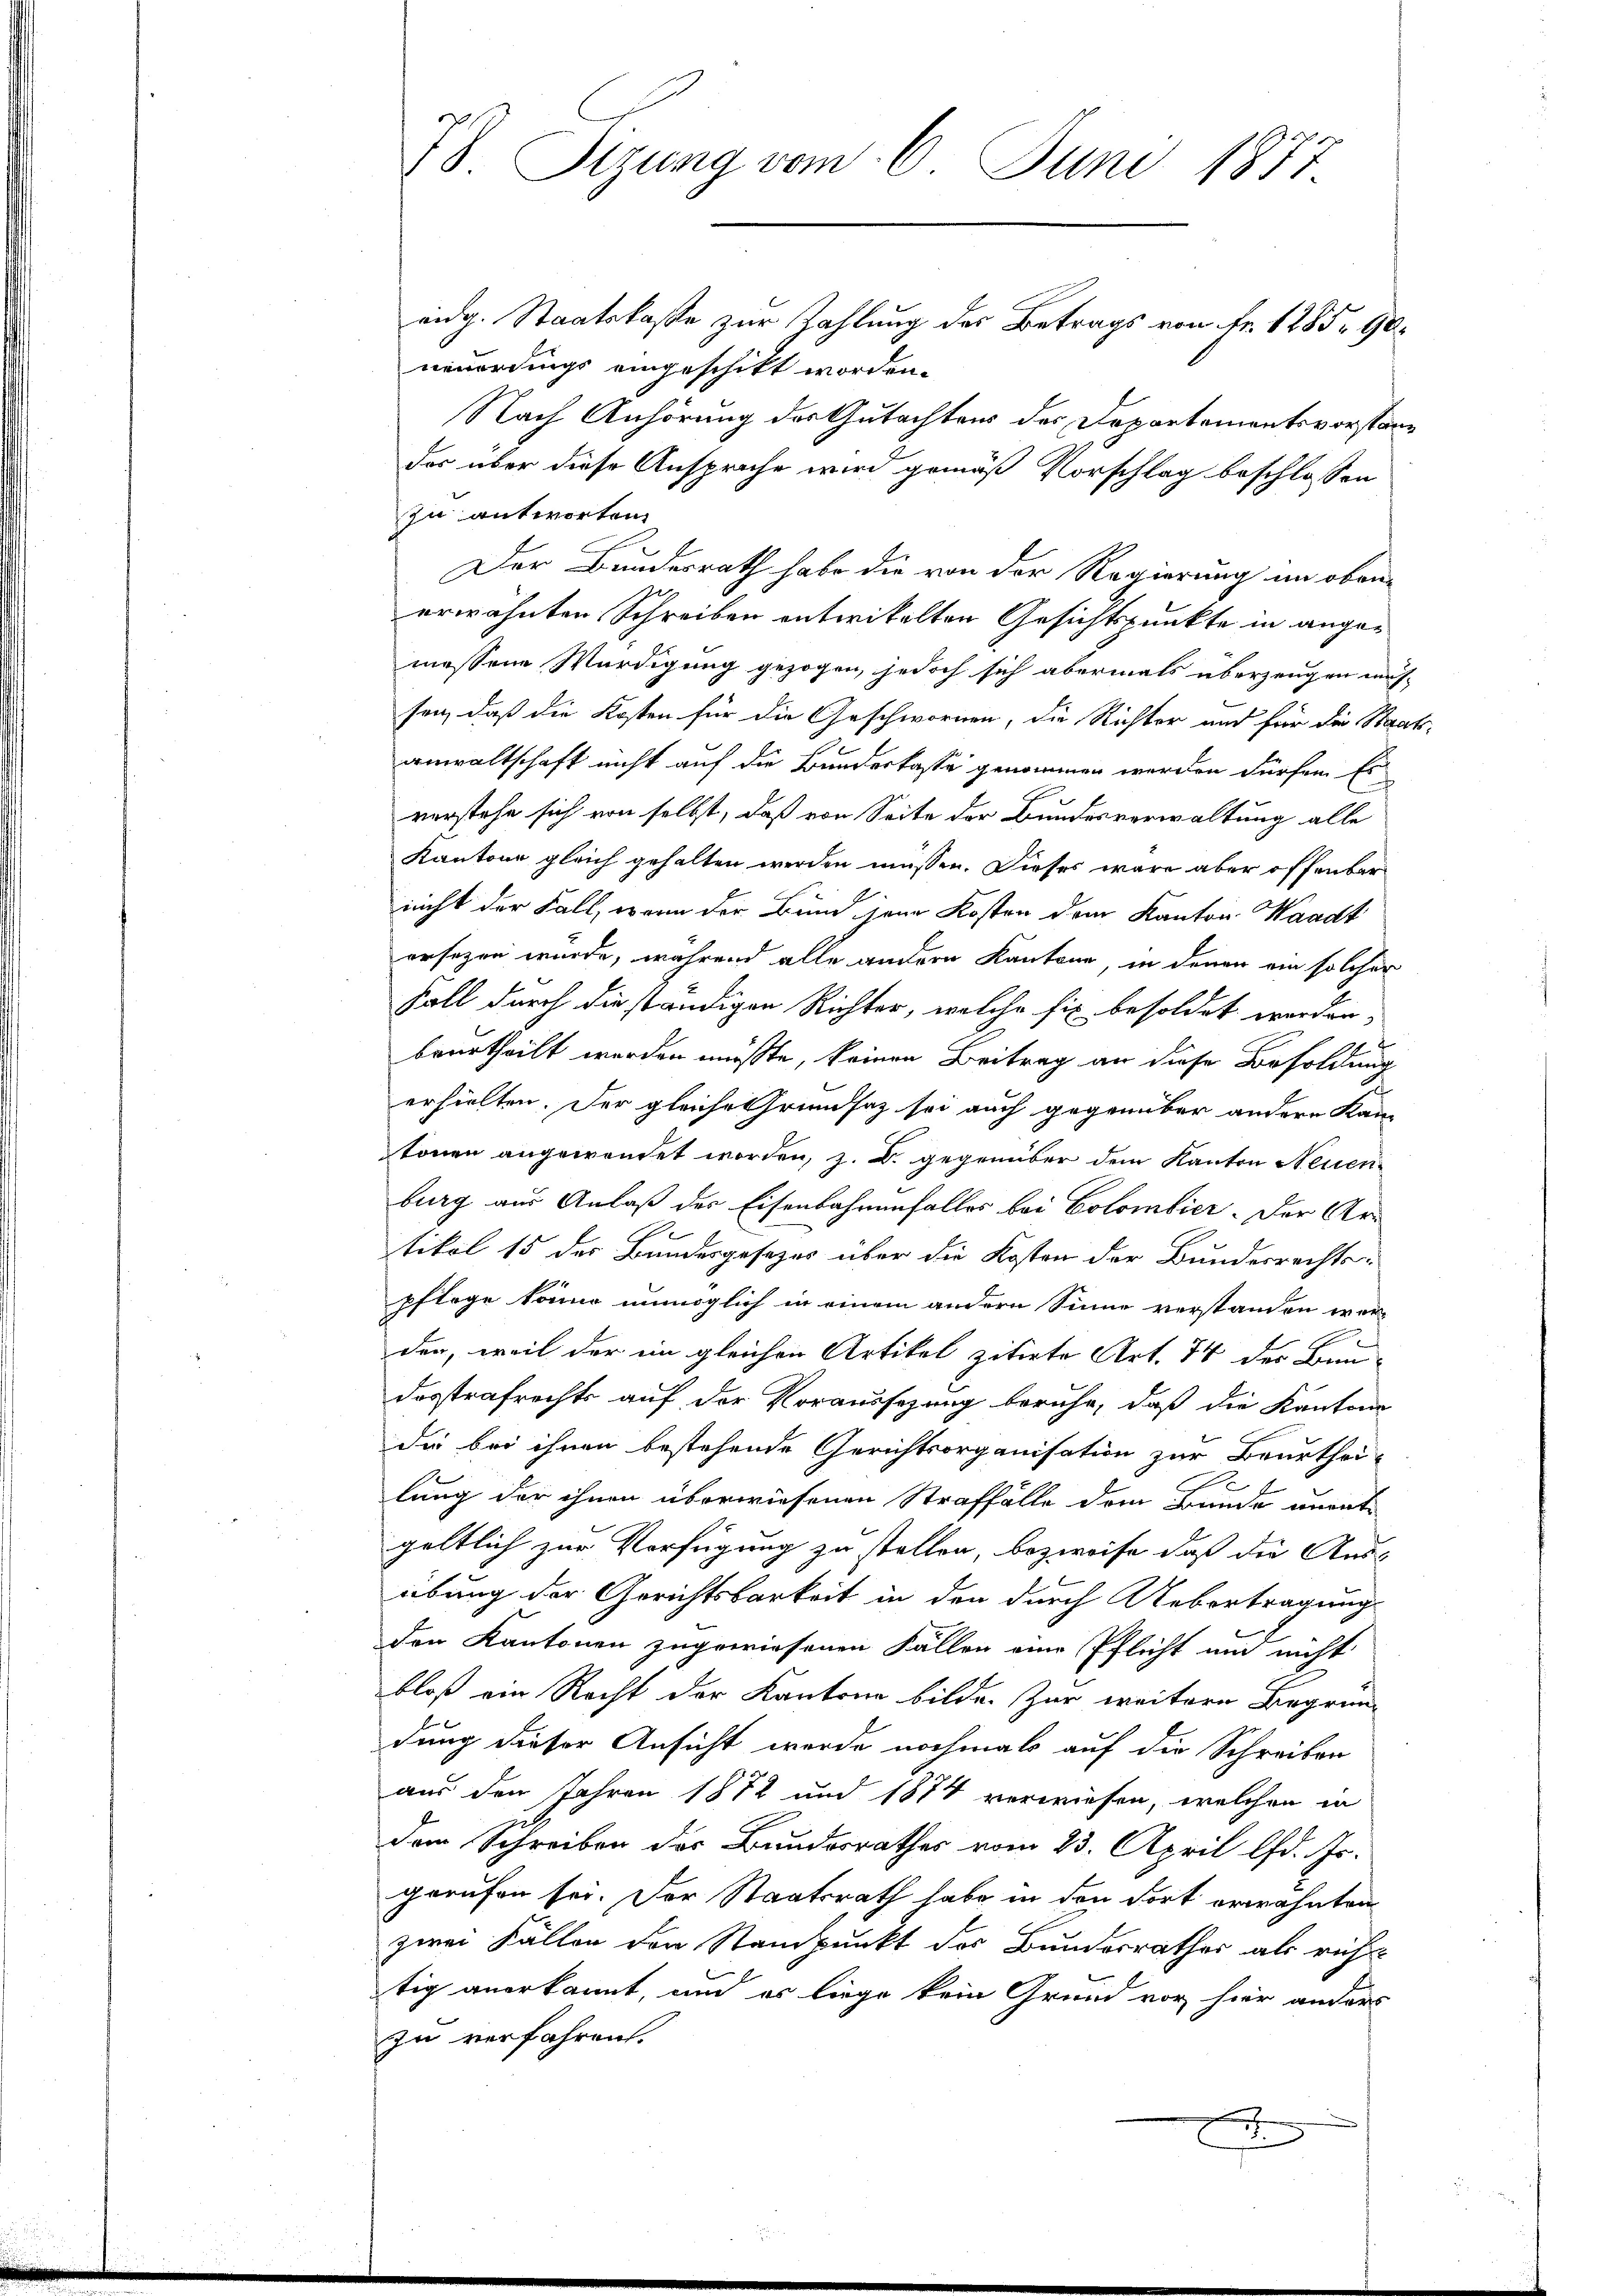
78 Sizung vom 6. Juni 1877

eidg. Staatskaße zur Zahlung des Betrags von Fr. 1285 90.
neuerdings eingeschikt worden.
Nach Anhörung des Gutachtens der Departementsvorstandes über diese Ansprüche wird gemäß Vorschlag beschlossen
zu antworten.
Der Bundesrath habe die von der Regierung an obenerwähnten Schreiben entwickelten Gesichtspunkte in angemessene Würdigung gezogen, jedoch sich abermals überzeugen müs-
sen, daß die Kosten für die Geschwornen, die Richter und für die Staats-
anwaltschaft nicht auf die Bundeskassa genommen werden dürfen. Es
verstehe sich von selbst, daß von Seite der Bundesverwaltung alle
Kantone gleich gehalten werden müssen. Dieses wäre aber offenbar
nicht der Fall, wenn der Bund jene Kosten dem Kanton Waadt
ersezen wurde, während alle andern Kantone, in denen ein solcher
Fall durch die ständigen Richter, welche fix besoldet worden,
.
beurtheilt worden müßte, keinen Beitrag an diese Besoldung
erhielten. Der gleiche Grundsaz sei auch gegenüber andere Kan-
tönen angewandet worden, z. B. gegenüber dem Kanton Neuen-
burg aus Anlaß der Eisenbahnenfalles bei Colombier. Der Artikel 15 der Bundesgesetzes über die Kosten der Bundesrechts-
pfloge könne unmöglich in einem andern Sinne verstanden werden, weil der im gleichen Artikel zitirte Art. 74 der Bau-
desstrafrechts auf der Voraussezung beruhe, daß die Kantone
die bei ihnen bestehende Gerichtsorganisation zur Beurthei-
lung der ihnen überwiesenen Straffälle dem Bunde anrat
geltlich zur Verfügung zu stellen, bezweife, daß die Aus-
übung der Gerichtsbarkeit in den durch Uebertragung
den Kantonen zugewiesenen Fällen eine Pflicht um nicht
bloß ein Recht der Kantone bilde. Zur weitere Begründung dieser Ansicht werde nochmal auf die Schreiben
aus den Jahren 1872 und 1874 verwiesen, welchen in
dem Schreiben des Bundesrathes vom 23. April lfd. Js.
gerufen sei. Der Staatsrath habe in den Fort erwähnten
zwei Fällen den Standpunkt des Bundesrathes als richt-
tig anerkannt, und es liege kein Grund vor hier anders
zu verfahren.
A